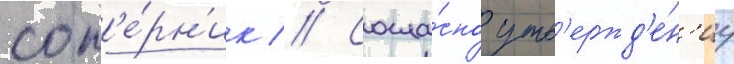
соп'е́рн'ик // Согла́сно утв'ержд'е́н'иу